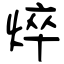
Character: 焠